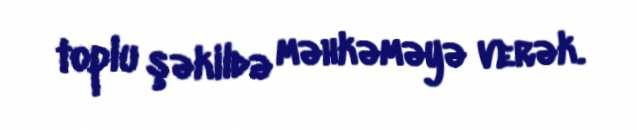
toplu şəkildə məhkəməyə verək.